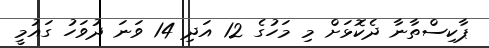
ޕާކިސްތާނާ ދެކޮޅަށް މި މަހުގެ 12 އަދި 14 ވަނަ ދުވަހު ގައުމީ